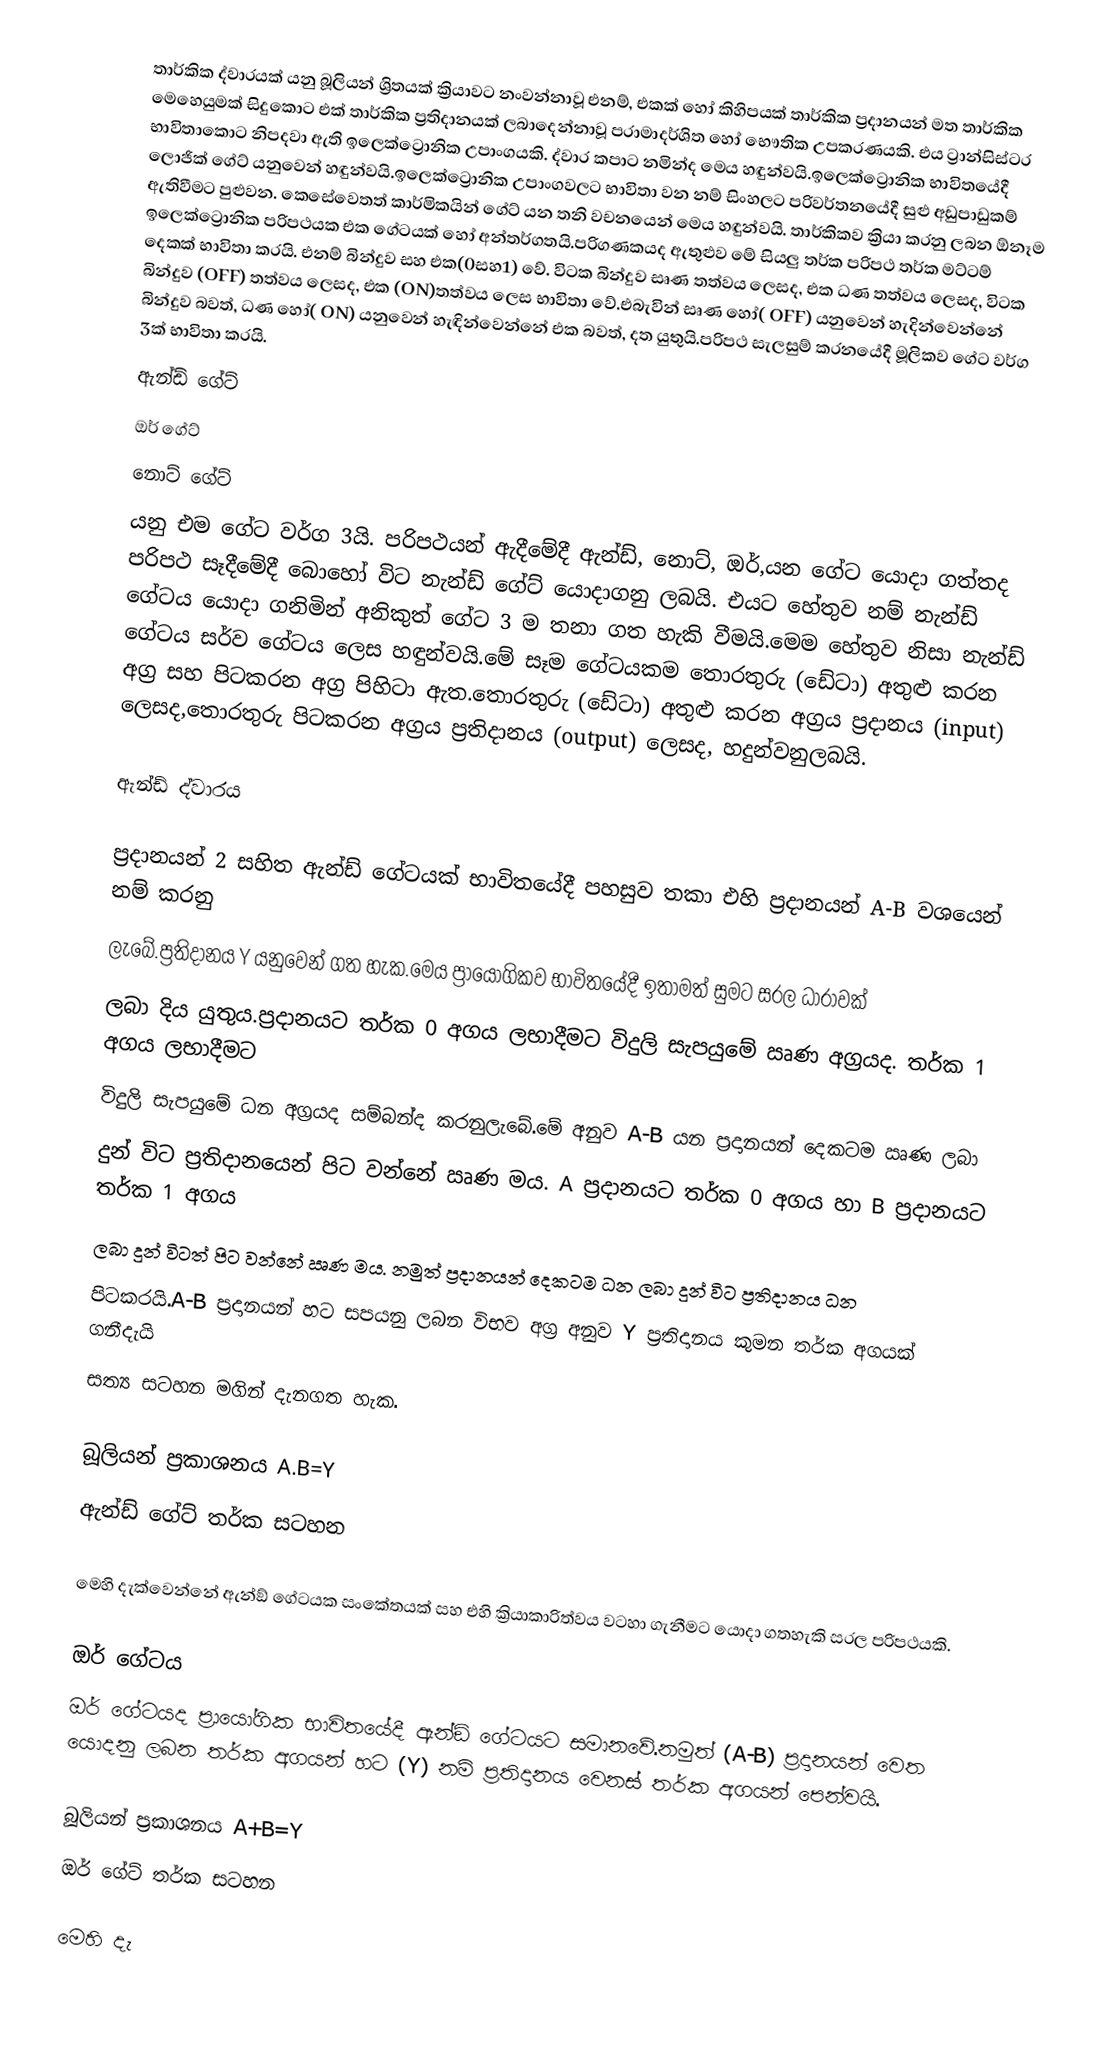
තාර්කික ද්වාරයක් යනු  බූලියන් ශ්‍රිතයක් ක්‍රියාවට නංවන්නාවූ එනම්, එකක් හෝ කිහිපයක් තාර්කික ප්‍රදානයන් මත තාර්කික මෙහෙයුමක් සිදුකොට එක් තාර්කික ප්‍රතිදානයක් ලබාදෙන්නාවූ පරාමාදර්ශිත හෝ භෞතික උපකරණයකි. එය ට්‍රාන්සිස්ටර භාවිතාකොට නිපදවා ඇති ඉලෙක්ට්‍රොනික උපාංගයකි. ද්වාර කපාට නමින්ද මෙය හඳුන්වයි.ඉලෙක්ට්‍රොනික භාවිතයේදී ලොජික් ගේට් යනුවෙන් හඳුන්වයි.ඉලෙක්ට්‍රොනික උපාංගවලට භාවිතා වන නම් සිංහලට පරිවර්තනයේදී සුළු අඩුපාඩුකම් ඇතිවීමට පුළුවන. කෙසේවෙතත් කාර්මිකයින් ගේට් යන තනි වචනයෙන් මෙය හඳුන්වයි. තාර්කිකව ක්‍රියා කරනු ලබන ඕනෑම ඉලෙක්ට්‍රොනික පරිපථයක එක ගේටයක් හෝ අන්තර්ගතයි.පරිගණකයද ඇතුළුව මේ සියලු තර්ක පරිපථ තර්ක මට්ටම් දෙකක් භාවිතා කරයි. එනම් බින්දුව සහ එක(0සහ1) වේ. විටක බින්දුව සෘණ තත්වය ලෙසද, එක ධණ තත්වය ලෙසද, විටක බින්දුව (OFF) තත්වය ලෙසද, එක (ON)තත්වය ලෙස භාවිතා වේ.එබැවින් සෘණ හෝ( OFF) යනුවෙන් හැදින්වෙන්නේ බින්දුව බවත්, ධණ හෝ( ON) යනුවෙන් හැඳින්වෙන්නේ එක බවත්, දත යුතුයි.පරිපථ සැලසුම් කරනයේදී මූලිකව ගේට වර්ග 3ක් භාවිතා කරයි.
ඇන්ඩ් ගේට්
ඔර් ගේට්
නොට් ගේට්
යනු එම ගේට වර්ග 3යි. පරිපථයන් ඇදීමේදී ඇන්ඩ්, නොට්, ඔර්,යන ගේට යොදා ගත්තද පරිපථ සෑදීමේදී බොහෝ විට නැන්ඩ් ගේට් යොදාගනු ලබයි. එයට හේතුව නම් නැන්ඩ් ගේටය යොදා ගනිමින් අනිකුත් ගේට 3 ම තනා ගත හැකි වීමයි.මෙම හේතුව නිසා  නැන්ඩ් ගේටය සර්ව ගේටය ලෙස හඳුන්වයි.මේ සෑම ගේටයකම තොරතුරු (ඩේටා) අතුළු කරන අග්‍ර සහ පිටකරන අග්‍ර පිහිටා ඇත.තොරතුරු (ඩේටා) අතුළු කරන අග්‍රය ප්‍රදානය (input) ලෙසද,තොරතුරු පිටකරන අග්‍රය ප්‍රතිදානය (output) ලෙසද, හදුන්වනුලබයි.

ඇන්ඩ් ද්වාරය

ප්‍රදානයන් 2 සහිත ඇන්ඩ් ගේටයක් භාවිතයේදී පහසුව තකා එහි ප්‍රදානයන් A-B වශයෙන් නම් කරනු
ලැබේ.ප්‍රතිදානය Y යනුවෙන් ගත හැක.මෙය ප්‍රායෝගිකව භාවිතයේදී ඉතාමත් සුමට සරල ධාරාවක්
ලබා දිය යුතුය.ප්‍රදානයට තර්ක 0 අගය ලභාදීමට විදුලි සැපයුමේ ඍණ අග්‍රයද. තර්ක 1 අගය ලභාදීමට
විදුලි සැපයුමේ ධන අග්‍රයද සම්බන්ද කරනුලැබේ.මේ අනුව A-B යන ප්‍රදානයන් දෙකටම ඍණ ලබා
දුන් විට ප්‍රතිදානයෙන් පිට වන්නේ ඍණ මය. A ප්‍රදානයට තර්ක 0 අගය හා B ප්‍රදානයට තර්ක  1 අගය
ලබා දුන් විටත් පිට වන්නේ ඍණ මය. නමුත් ප්‍රදානයන් දෙකටම ධන ලබා දුන් විට ප්‍රතිදානය ධන
පිටකරයි.A-B ප්‍රදානයන් හට සපයනු ලබන විභව අග්‍ර අනුව Y ප්‍රතිදානය කුමන තර්ක අගයක් ගනීදැයි
සත්‍ය සටහන මගින් දැනගත හැක.

බූලියන් ප්‍රකාශනය  A.B=Y
ඇන්ඩ් ගේට් තර්ක සටහන

මෙහි දැක්වෙන්නේ ඇන්ඞ් ගේටයක සංකේතයක් සහ එහි ක්‍රියාකාරිත්වය වටහා ගැනීමට යොදා ගතහැකි සරල පරිපථයකි.

ඔර් ගේටය
ඔර් ගේටයද ප්‍රායෝගික භාවිතයේදී ඇන්ඞ් ගේටයට සමානවේ.නමුත් (A-B) ප්‍රදානයන් වෙත යොදනු ලබන තර්ක අගයන් හට (Y) නම් ප්‍රතිදානය වෙනස් තර්ක අගයන් පෙන්වයි.

බූලියන් ප්‍රකාශනය  A+B=Y
ඔර් ගේට් තර්ක සටහන

මෙහි දැ